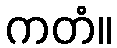
ကတံ။